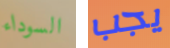
السوداء يجب